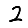
Digit: 2